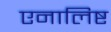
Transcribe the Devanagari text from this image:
एनालिष्ट